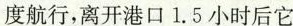
度航行，离开港口1.5小时后它